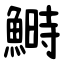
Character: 鰣